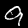
Digit: 9